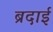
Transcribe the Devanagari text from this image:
ब्रदाई